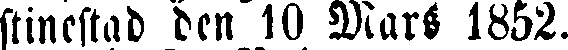
stinestad den 10 Mars 1852.